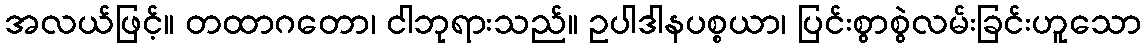
အလယ်ဖြင့်။ တထာဂတော၊ ငါဘုရားသည်။ ဥပါဒါနပစ္စယာ၊ ပြင်းစွာစွဲလမ်းခြင်းဟူသော